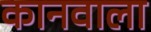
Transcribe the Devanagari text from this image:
कानवाला